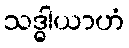
သဒ္ဓါယာဟံ